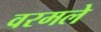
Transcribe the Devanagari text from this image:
वरमले